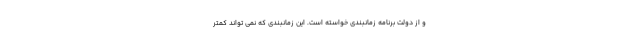
و از دولت برنامه زمانبندی خواسته است‌. این زمانبندی که نمی تواند کمتر